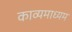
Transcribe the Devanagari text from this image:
काव्यमाध्यम